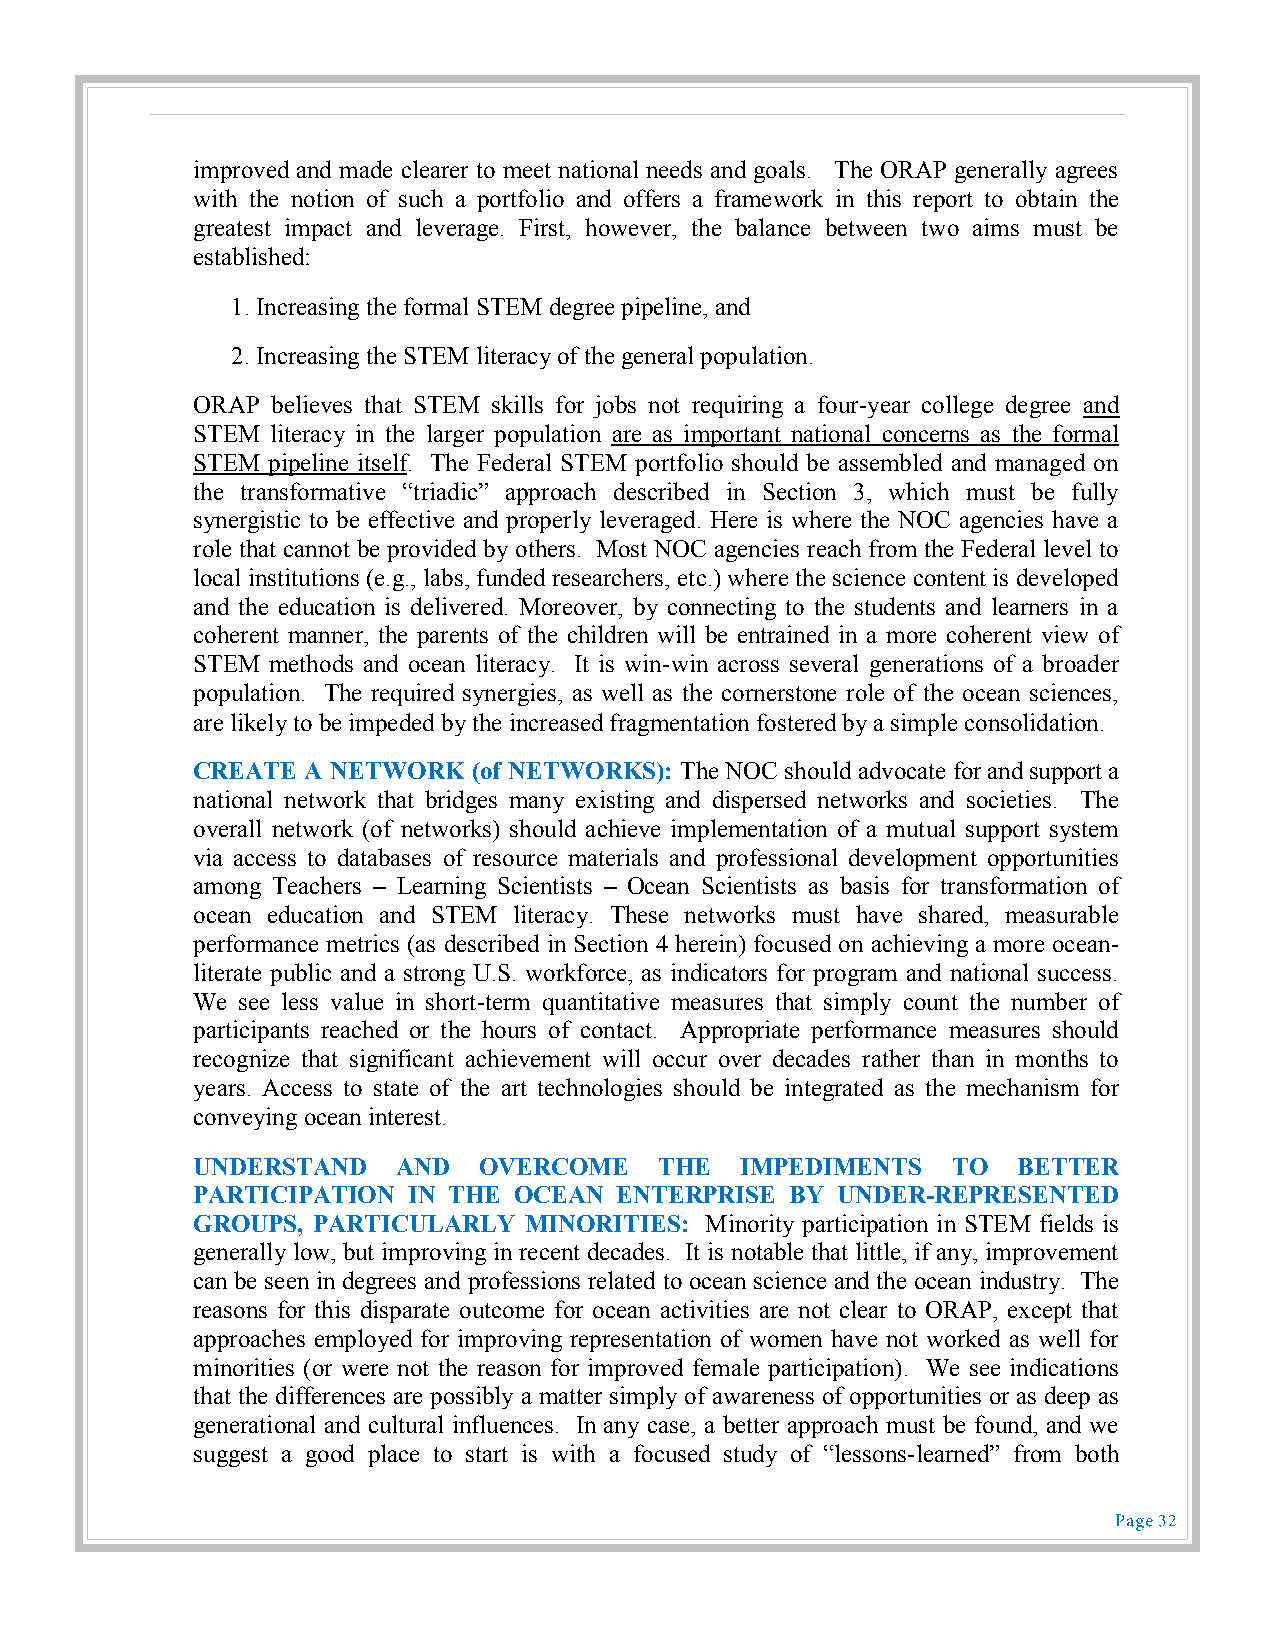
improved and made clearer to meet national needs and goals. The ORAP generally agrees
 with the notion of such a portfolio and offers a framework in this report to obtain the
 greatest impact and leverage. First, however, the balance between two aims must be
 established:
 1. Increasing the formal STEM degree pipeline, and
 2. Increasing the STEM literacy of the general population.
 ORAP believes that STEM skills for jobs not requiring a four-year college degree and
 STEM literacy in the larger population are as important national concerns as the formal
 STEM pipeline itself. The Federal STEM portfolio should be assembled and managed on
 the transformative “triadic” approach described in Section 3, which must be fully
 synergistic to be effective and properly leveraged. Here is where the NOC agencies have a
 role that cannot be provided by others. Most NOC agencies reach from the Federal level to
 local institutions (e.g., labs, funded researchers, etc.) where the science content is developed
 and the education is delivered. Moreover, by connecting to the students and learners in a
 coherent manner, the parents of the children will be entrained in a more coherent view of
 STEM methods and ocean literacy. It is win-win across several generations of a broader
 population. The required synergies, as well as the cornerstone role of the ocean sciences,
 are likely to be impeded by the increased fragmentation fostered by a simple consolidation.
 CREATE A NETWORK  (of NETWORKS): The NOC should advocate for and support a
 national network that bridges many existing and dispersed networks and societies. The
 overall network (of networks) should achieve implementation of a mutual support system
 via access to databases of resource materials and professional development opportunities
 among Teachers – Learning Scientists – Ocean Scientists as basis for transformation of
 ocean education and STEM literacy. These networks must have shared, measurable
 performance metrics (as described in Section 4 herein) focused on achieving a more ocean-
 literate public and a strong U.S. workforce, as indicators for program and national success.
 We see less value in short-term quantitative measures that simply count the number of
 participants reached or the hours of contact. Appropriate performance measures should
 recognize that significant achievement will occur over decades rather than in months to
 years. Access to state of the art technologies should be integrated as the mechanism for
 conveying ocean interest.
 UNDERSTAND   AND   OVERCOME    THE  IMPEDIMENTS   TO  BETTER
 PARTICIPATION IN THE OCEAN  ENTERPRISE BY UNDER-REPRESENTED
 GROUPS, PARTICULARLY  MINORITIES: Minority participation in STEM fields is
 generally low, but improving in recent decades. It is notable that little, if any, improvement
 can be seen in degrees and professions related to ocean science and the ocean industry. The
 reasons for this disparate outcome for ocean activities are not clear to ORAP, except that
 approaches employed for improving representation of women have not worked as well for
 minorities (or were not the reason for improved female participation). We see indications
 that the differences are possibly a matter simply of awareness of opportunities or as deep as
 generational and cultural influences. In any case, a better approach must be found, and we
 suggest a good place to start is with a focused study of “lessons-learned” from both